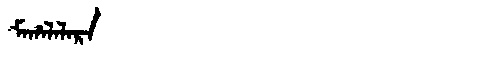
Manchu: ᠮᠠᡥᠠᠯᠠᠯᠠᡵᠠ
Romanization: MAHALALARA